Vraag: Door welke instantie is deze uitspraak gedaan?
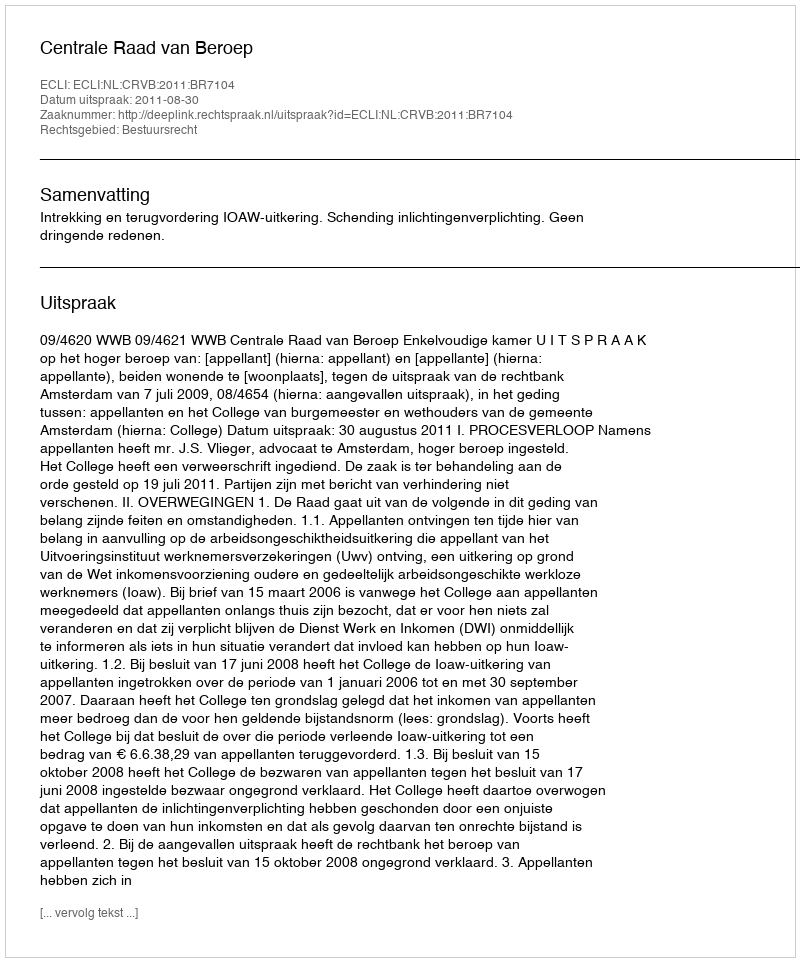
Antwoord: Centrale Raad van Beroep